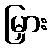
မြှား